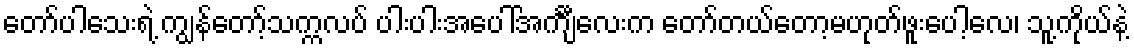
တော်ပါသေးရဲ့ ကျွန်တော့်သက္ကလပ် ပါးပါးအပေါ်အင်္ကျီလေးက တော်တယ်တော့မဟုတ်ဖူးပေါ့လေ၊ သူ့ကိုယ်နဲ့